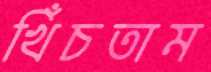
খিঁচতাম